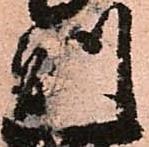
則